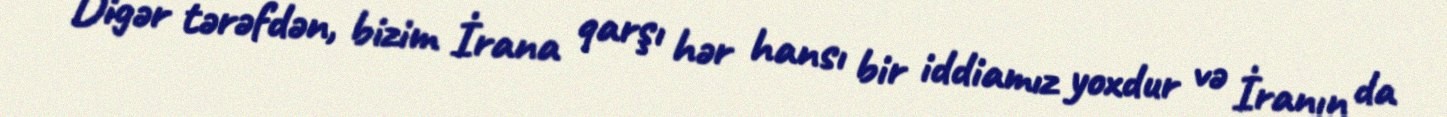
Digər tərəfdən, bizim İrana qarşı hər hansı bir iddiamız yoxdur və İranın da